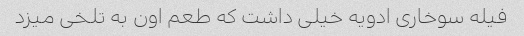
فیله سوخاری ادویه خیلی داشت که طعم اون به تلخی میزد